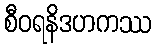
စီဝရနိဒဟကဿ